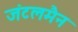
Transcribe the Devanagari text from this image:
जंटलमैन